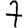
Digit: 7